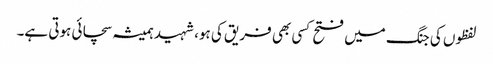
لفظوں کی جنگ میں فتح کسی بھی فریق کی ہو، شہید ہمیشہ سچائی ہوتی ہے۔